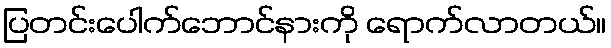
ပြတင်းပေါက်ဘောင်နားကို ရောက်လာတယ်။